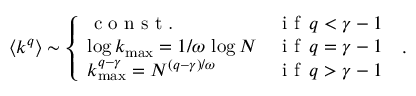
\langle k ^ { q } \rangle \sim \left\{ \begin{array} { l l } { \textrm { c o n s t . } } & { \textrm { i f } \, q < \gamma - 1 } \\ { \log k _ { \operatorname* { m a x } } = 1 / \omega \, \log N } & { \textrm { i f } \, q = \gamma - 1 } \\ { k _ { \operatorname* { m a x } } ^ { q - \gamma } = N ^ { ( q - \gamma ) / \omega } } & { \textrm { i f } \, q > \gamma - 1 } \end{array} \right. \; .